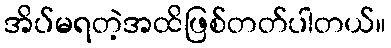
အိပ်မရတဲ့အထိဖြစ်တတ်ပါတယ်။